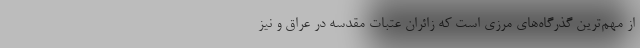
از مهم‌ترین گذرگاه‌های مرزی است که زائران عتبات مقدسه در عراق و نیز